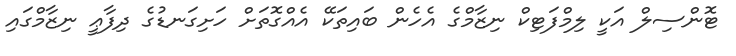
ޓޮންސިލް އަކީ ލިމްފަޓިކް ނިޒާމްގެ އެހެން ބައިތަކޭ އެއްގޮތަށް ހަށިގަނޑުގެ ދިފާޢީ ނިޒާމްގައި